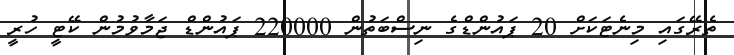
ތެރޭގައި މިނެޓަކަށް 20 ޕައުންޑްގެ ނިސްބަތުން 220000 ޕައުންޑް ޖަމާވުމުން ކޭޓީ ހުރީ